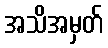
အသိအမှတ်